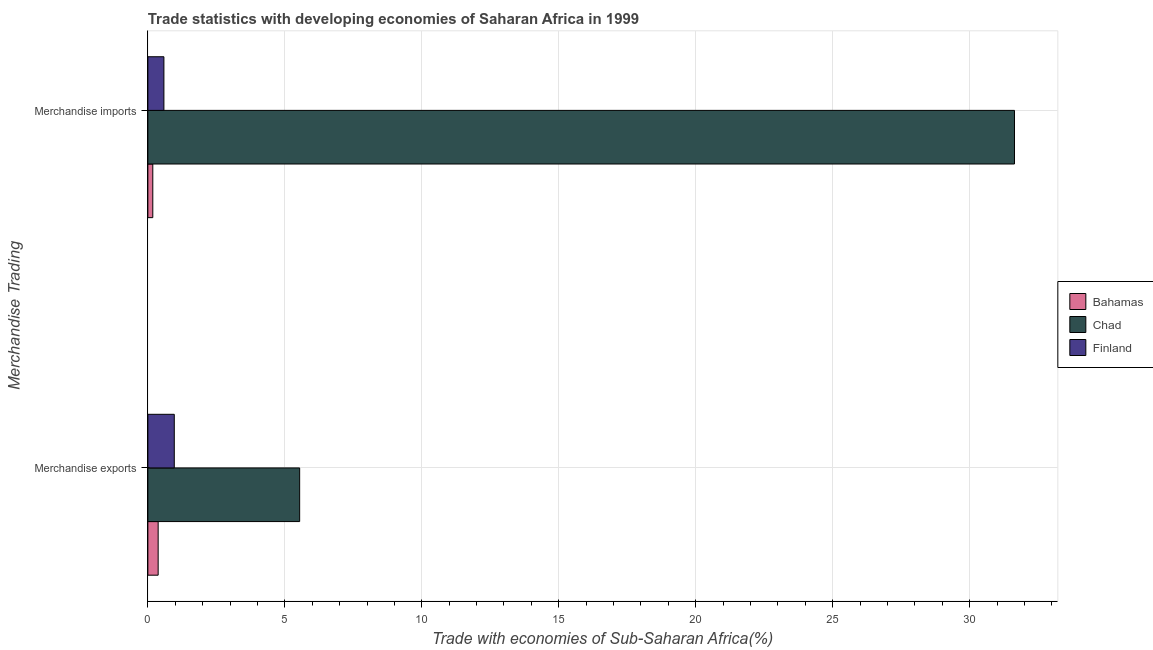
| Merchandise Trading | Bahamas | Chad | Finland |
 | --- | --- | --- | --- |
 | Merchandise exports | 0.375 | 5.54 | 0.964 |
 | Merchandise imports | 0.18 | 31.6 | 0.586 |